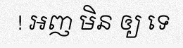
! អញ មិន ឲ្យ ទេ